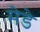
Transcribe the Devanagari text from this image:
मेडे